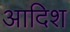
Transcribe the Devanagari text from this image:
आदिश